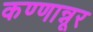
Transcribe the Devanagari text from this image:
कण्णान्नूर